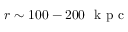
r \sim 1 0 0 - 2 0 0 ~ \mathrm { ~ k ~ p ~ c ~ }